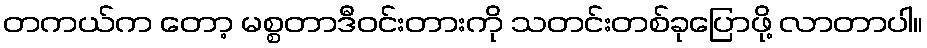
တကယ်က တော့ မစ္စတာဒီဝင်းတားကို သတင်းတစ်ခုပြောဖို့ လာတာပါ။